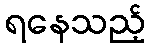
ရနေသည့်